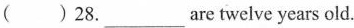
( )28.___are twelve years old.